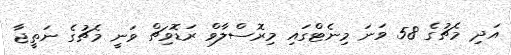
އަދި މެޗުގެ 58 ވަނަ މިނެޓްގައި މިރޮސްލާވް ރަޑޮވިޗް ވަނީ މެޗުގެ ނަތީޖާ